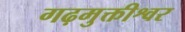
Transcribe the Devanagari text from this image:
गढ़मुक्तीश्वर